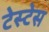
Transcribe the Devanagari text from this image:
टेस्टेस